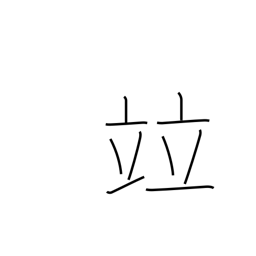
Meaning: rank with